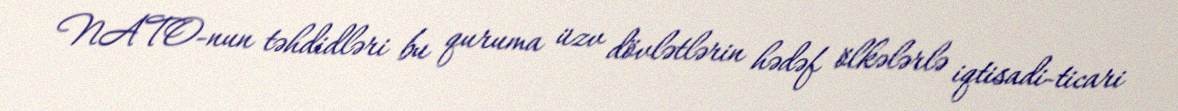
NATO-nun təhdidləri bu quruma üzv dövlətlərin hədəf ölkələrlə iqtisadi-ticari